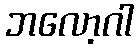
ဘလော့ဂါ